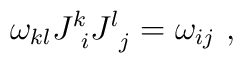
\omega_{kl}J^k_{\ i}J^l_{\ j}  = \omega_{ij}  \ ,